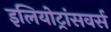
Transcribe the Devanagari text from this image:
इलियोट्रांसवर्स